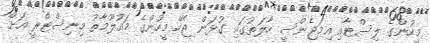
މީހުންގެ ލިސްޓާއި އިމަޖެންސީ ހާލަތުގައި ގުޅަން ޖެހޭ މީހުންގެ މައުލޫމާތު މިނިސްޓްރީ އަށް